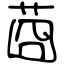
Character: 莔